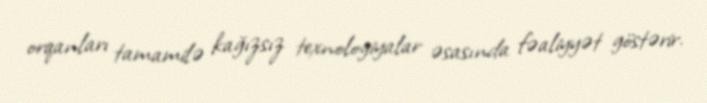
orqanları tamamilə kağızsız texnologiyalar əsasında fəaliyyət göstərir.